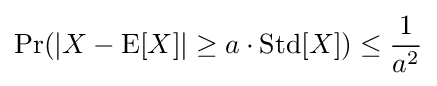
\Pr(|X-\operatorname {E} [X]|\geq a\cdot \operatorname {Std} [X])\leq {\frac {1}{a^{2}}}